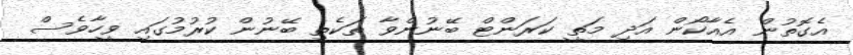
އެގޮތުން އެއާކޯން އަދި މަތީ ކަރަންޓް ބޭނުންވާ ތަކެތި ބޭނުން ކުރުމުގައި ވީހާވެސް